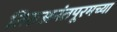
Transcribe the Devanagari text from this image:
तिरुअनंतपूरमच्या